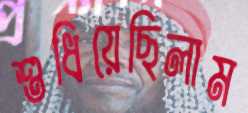
শুধিয়েছিলাম